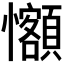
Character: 𪭄